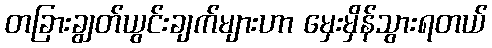
တခြားချွတ်ယွင်းချက်များဟာ မှေးမှိန်သွားရတယ်